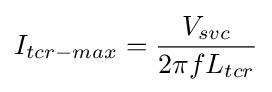
I_{tcr-max}={V_{svc} \over {2\pi fL_{tcr}}}